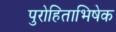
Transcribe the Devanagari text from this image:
पुरोहिताभिषेक